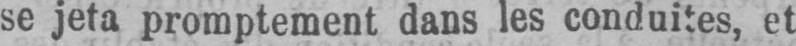
se jeta promptement dans les conduites, et